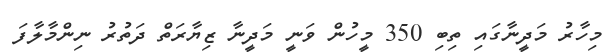
މިހާރު މަދީނާގައި ތިބި 350 މީހުން ވަނީ މަދީނާ ޒިޔާރަތް ދަތުރު ނިންމާލާފަ